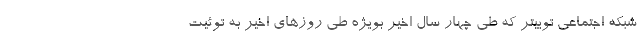
شبکه اجتماعی توییتر که طی چهار سال اخیر بویژه طی روزهای اخیر به توئیت